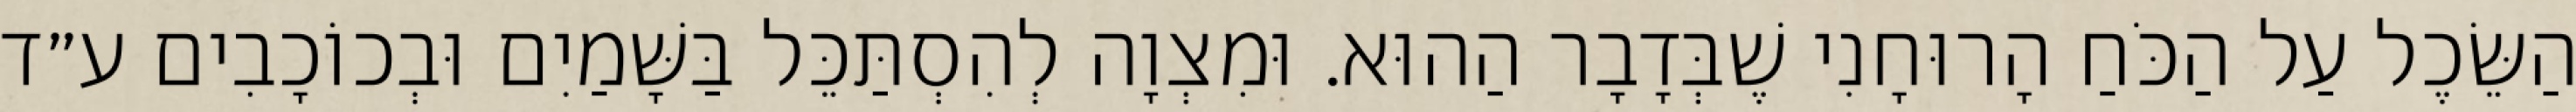
הַשֵּׂכֶל עַל הַכֹּחַ הָרוּחָנִי שֶׁבְּדָבָר הַהוּא. וּמִצְוָה לְהִסְתַּכֵּל בַּשָּׁמַיִם וּבְכוֹכָבִים ע״ד